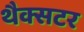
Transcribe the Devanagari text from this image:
थैक्सटर